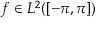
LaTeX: f \in L ^ { 2 } ( [ - \pi , \pi ] )